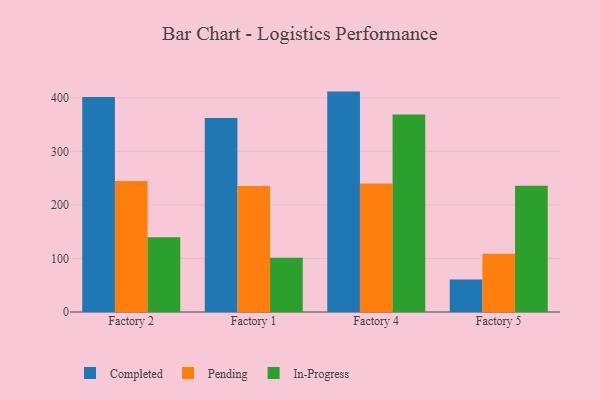
{"axis": {"x": "Factory", "y": "Revenue (USD Million)"}, "legend": ["Completed", "In-Progress", "Pending"], "data": [{"x": "Factory 2", "y": 401.7, "type": "Completed"}, {"x": "Factory 2", "y": 244.8, "type": "Pending"}, {"x": "Factory 2", "y": 139.8, "type": "In-Progress"}, {"x": "Factory 1", "y": 362.3, "type": "Completed"}, {"x": "Factory 1", "y": 235.5, "type": "Pending"}, {"x": "Factory 1", "y": 101.2, "type": "In-Progress"}, {"x": "Factory 4", "y": 411.7, "type": "Completed"}, {"x": "Factory 4", "y": 240.1, "type": "Pending"}, {"x": "Factory 4", "y": 368.9, "type": "In-Progress"}, {"x": "Factory 5", "y": 60.8, "type": "Completed"}, {"x": "Factory 5", "y": 109.0, "type": "Pending"}, {"x": "Factory 5", "y": 235.8, "type": "In-Progress"}]}